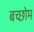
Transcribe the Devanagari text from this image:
बच्छोम